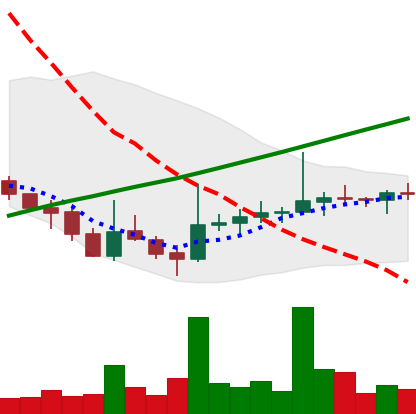
Ticker: DOGE-USD
Chart end date: 2021-07-31
Forward return: -3.523%
Label: down_3_5